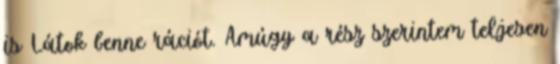
is Látok benne rációt. Amúgy a rész szerintem teljesen